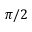
\pi / 2